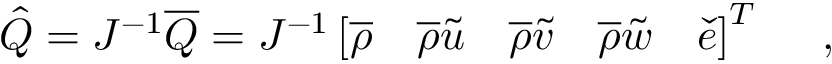
\hat { Q } = J ^ { - 1 } \overline { { Q } } = J ^ { - 1 } \left[ \overline { { \rho } } \quad \overline { { \rho } } \tilde { u } \quad \overline { { \rho } } \tilde { v } \quad \overline { { \rho } } \tilde { w } \quad \check { e } \right] ^ { T } \quad \mathrm { ~ , ~ }